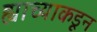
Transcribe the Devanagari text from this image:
ह्याच्याकडून